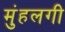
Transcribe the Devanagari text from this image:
मुंहलगी